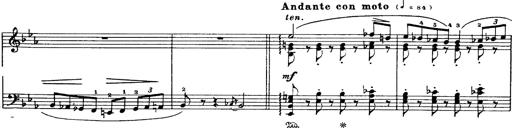
Title: Danza sacra e duetto finale dâ€™Aida
Composer: Franz Liszt